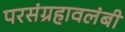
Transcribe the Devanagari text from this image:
परसंग्रहावलंबी